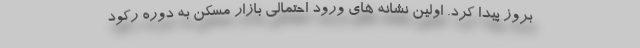
بروز پیدا کرد. اولین نشانه های ورود احتمالی بازار مسکن به دوره رکود